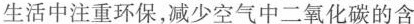
生活中注重环保，减少空气中二氧化碳的含